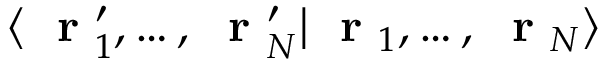
\langle \mathrm { ~ \bf ~ r ~ } _ { 1 } ^ { \prime } , \dots , \mathrm { ~ \bf ~ r ~ } _ { N } ^ { \prime } | \mathrm { ~ \bf ~ r ~ } _ { 1 } , \dots , \mathrm { ~ \bf ~ r ~ } _ { N } \rangle